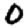
Digit: 0